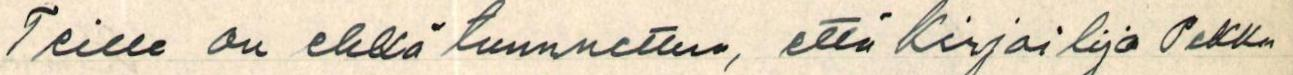
Teille on ehkä tunnettua, että kirjailija Pekka